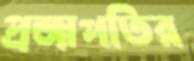
প্রজাপতির